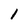
Character: 1